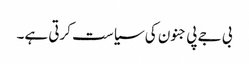
بی جے پی جنون کی سیاست کرتی ہے۔